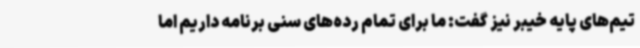
تیم‌های پایه خیبر نیز گفت: ما برای تمام رده‌های سنی برنامه داریم اما